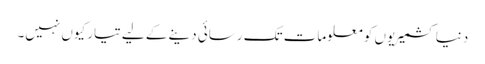
دنیا کشمیریوں کو معلومات تک رسائی دینے کے لیے تیار کیوں نہیں۔